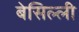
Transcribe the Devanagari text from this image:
बेसिल्ली